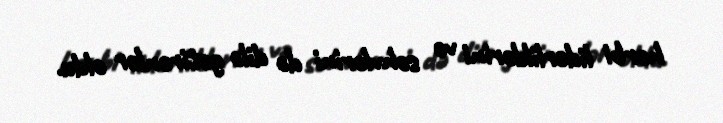
hərbi liderliklərini və səhvlərini də dilə gətirənlər oldu.